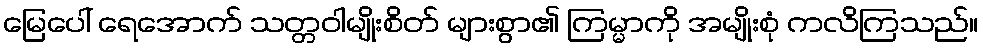
မြေပေါ် ရေအောက် သတ္တဝါမျိုးစိတ် များစွာ၏ ကြမ္မာကို အမျိုးစုံ ကလိကြသည်။